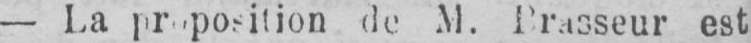
de M. Brasseur est